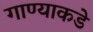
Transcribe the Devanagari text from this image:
गाण्याकडे